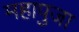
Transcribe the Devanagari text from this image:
महापुजा